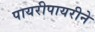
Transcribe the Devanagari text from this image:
पायरीपायरीने